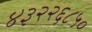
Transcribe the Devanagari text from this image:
४३२२६८५०